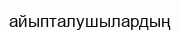
айыпталушылардың